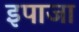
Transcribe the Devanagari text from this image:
इपाजा